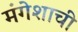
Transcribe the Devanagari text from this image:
मंगेशाची